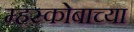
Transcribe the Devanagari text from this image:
म्हस्कोबाच्या